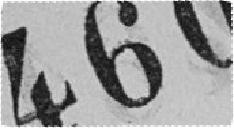
460